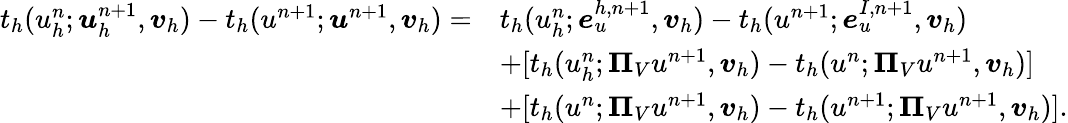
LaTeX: \begin{array}{rl}{t_{h}(u_{h}^{n};\boldsymbol{u}_{h}^{n+1},\boldsymbol{v}_{h})-t_{h}(u^{n+1};\boldsymbol{u}^{n+1},\boldsymbol{v}_{h})=}&{t_{h}(u_{h}^{n};\boldsymbol{e}_{u}^{h,n+1},\boldsymbol{v}_{h})-t_{h}(u^{n+1};\boldsymbol{e}_{u}^{I,n+1},\boldsymbol{v}_{h})}\\ &{+[t_{h}(u_{h}^{n};\boldsymbol{\Pi}_{V}u^{n+1},\boldsymbol{v}_{h})-t_{h}(u^{n};\boldsymbol{\Pi}_{V}u^{n+1},\boldsymbol{v}_{h})]}\\ &{+[t_{h}(u^{n};\boldsymbol{\Pi}_{V}u^{n+1},\boldsymbol{v}_{h})-t_{h}(u^{n+1};\boldsymbol{\Pi}_{V}u^{n+1},\boldsymbol{v}_{h})].}\end{array}